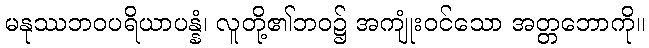
မနုဿဘဝပရိယာပန္နံ၊ လူတို့၏ဘဝ၌ အကျုံးဝင်သော အတ္တဘောကို။